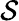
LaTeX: {\cal\mathcal{S}}